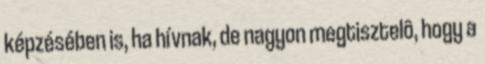
képzésében is, ha hívnak, de nagyon megtisztelô, hogy a